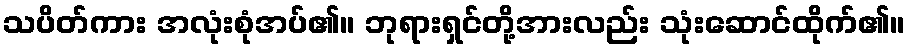
သပိတ်ကား အလုံးစုံအပ်၏။ ဘုရားရှင်တို့အားလည်း သုံးဆောင်ထိုက်၏။